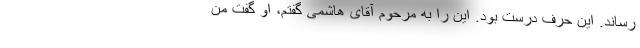
رساند. این حرف درست بود. این را به مرحوم آقای هاشمی گفتم، او گفت من